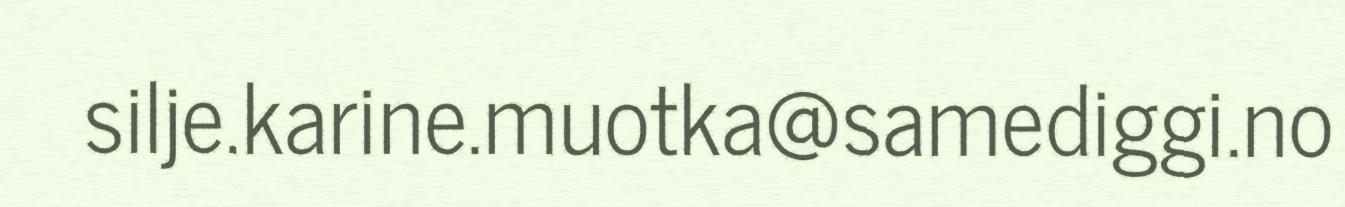
silje.karine.muotka@samediggi.no